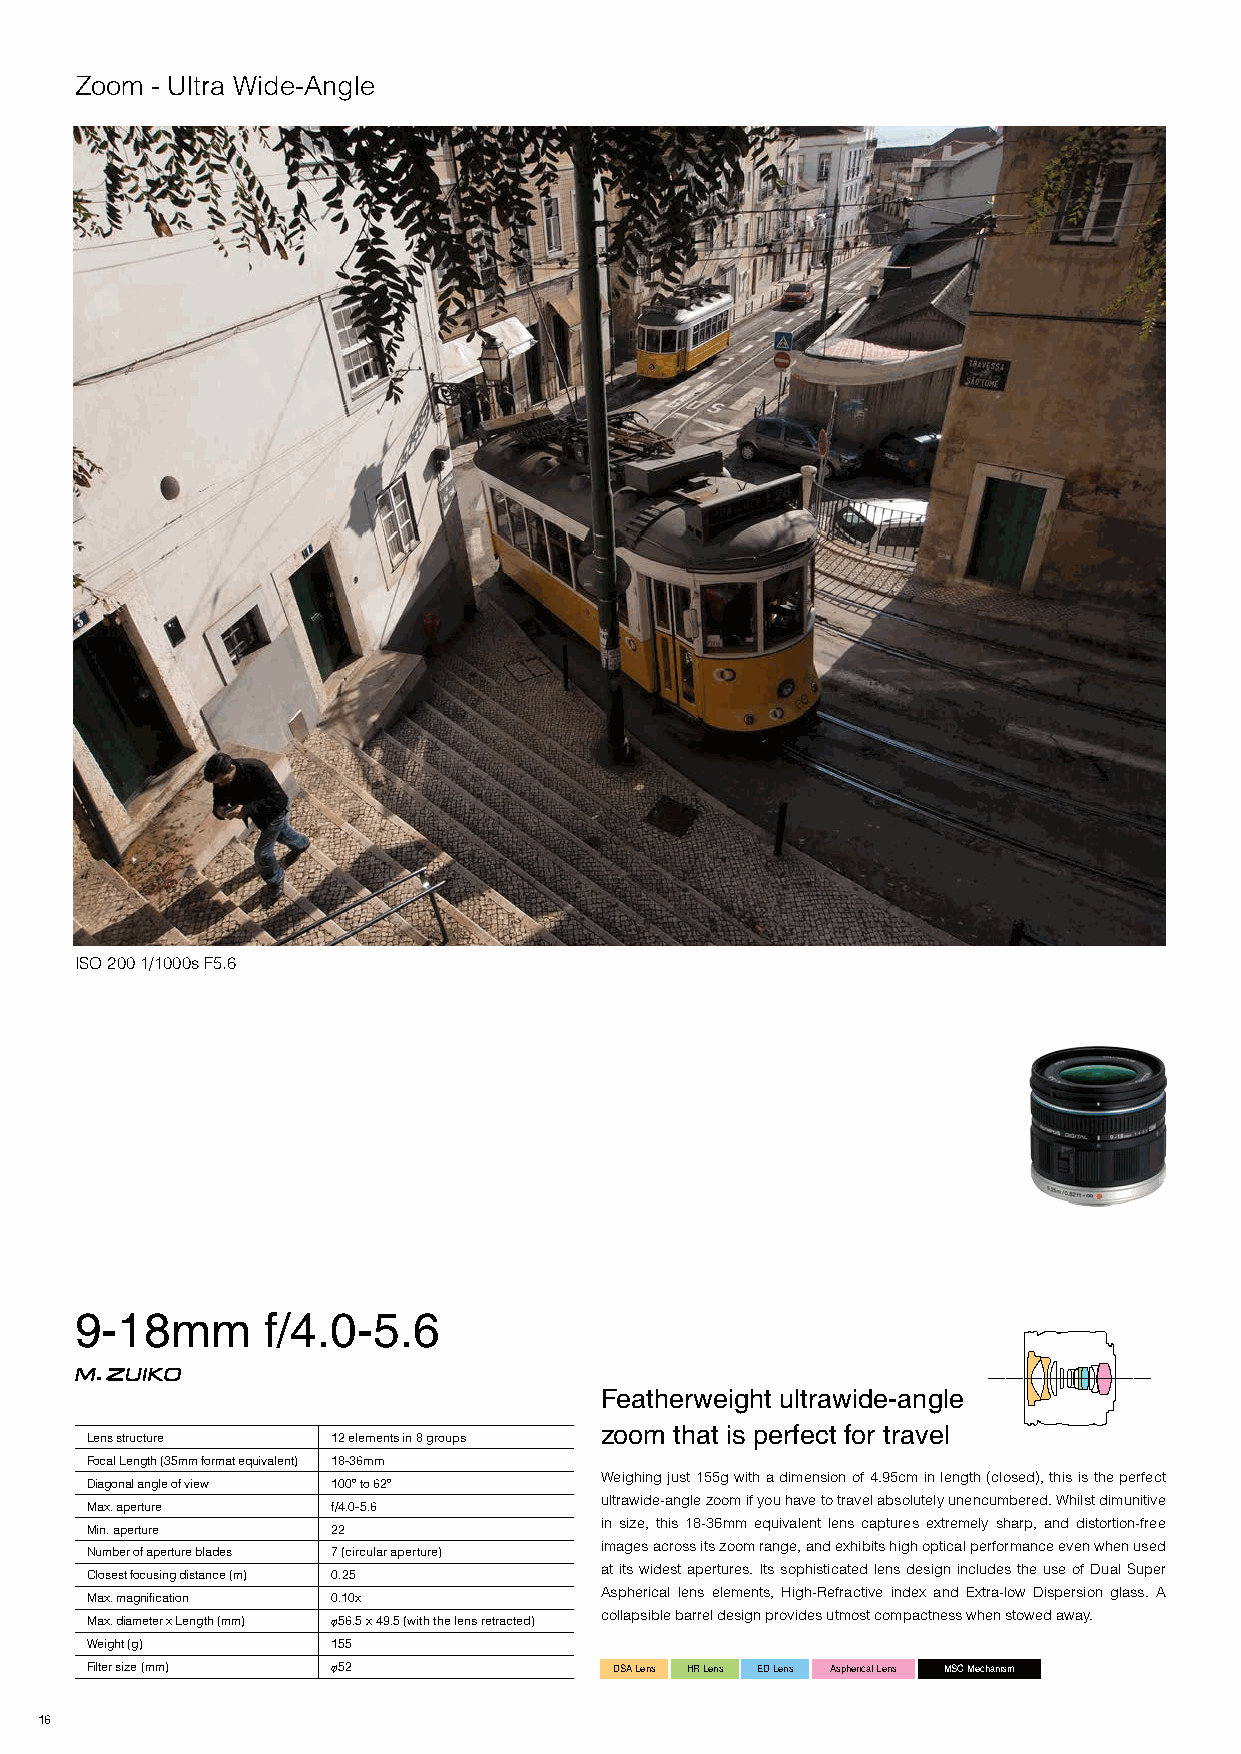
Zoom - Ultra Wide-Angle
 ISO 200 1/1000s F5.6
 9-18mm      f/4.0-5.6
 Featherweight ultrawide-angle
 zoom that is perfect for travel
 Lens structure  12 elements in 8 groups
 Focal Length (35mm format equivalent) 18-36mm
 Weighing just 155g with a dimension of 4.95cm in length (closed), this is the perfect
 Diagonal angle of view 100º to 62º
 ultrawide-angle zoom if you have to travel absolutely unencumbered. Whilst dimunitive
 Max. aperture   f/4.0-5.6
 in size, this 18-36mm equivalent lens captures extremely sharp, and distortion-free
 Min. aperture   22
 images across its zoom range, and exhibits high optical performance even when used
 Number of aperture blades 7 (circular aperture)
 at its widest apertures. Its sophisticated lens design includes the use of Dual Super
 Closest focusing distance (m) 0.25
 Aspherical lens elements, High-Refractive index and Extra-low Dispersion glass. A
 Max. magnification 0.10x
 collapsible barrel design provides utmost compactness when stowed away.
 Max. diameter x Length (mm) φ56.5 x 49.5 (with the lens retracted)
 Weight (g)      155
 Filter size (mm) φ52               DSA Lens HR Lens ED Lens Aspherical Lens MSC Mechanism
 16